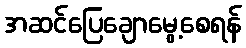
အဆင်ပြေချောမွေ့စေရန်